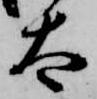
太